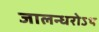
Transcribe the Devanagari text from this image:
जालन्धरोऽथ